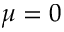
\mu = 0